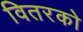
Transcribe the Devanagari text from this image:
वितरको